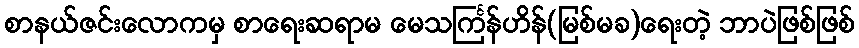
စာနယ်ဇင်းလောကမှ စာရေးဆရာမ မေသင်္ကြန်ဟိန်(မြစ်မခ)ရေးတဲ့ ဘာပဲဖြစ်ဖြစ်